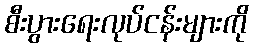
စီးပွားရေးလုပ်ငန်းများကို